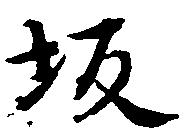
坂